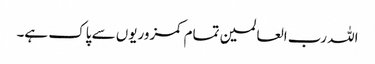
اللہ رب العالمین تمام کمزوریوں سے پاک ہے۔